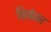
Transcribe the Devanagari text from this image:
किबोवर